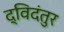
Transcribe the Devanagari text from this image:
द्विदंतुर